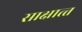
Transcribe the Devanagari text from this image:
साक्षात्‍त